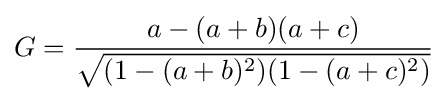
G={\frac {a-(a+b)(a+c)}{\sqrt {(1-(a+b)^{2})(1-(a+c)^{2})}}}